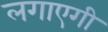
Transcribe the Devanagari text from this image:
लगाएगी